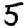
Digit: 5